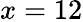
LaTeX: x=12